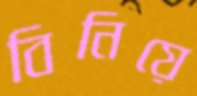
বিনিয়ে